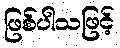
ဖြစ်ပါသဖြင့်